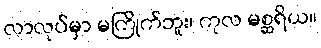
လာလုပ်မှာ မကြိုက်ဘူး၊ ကုလ မစ္ဆရိယ။